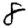
Digit: 8